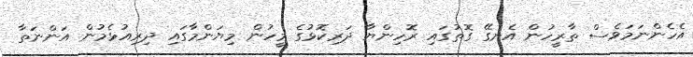
އެހެންނަމަވެސް ތާރީހުން އެނގޭ ގޮތުގައި ރޮހިންޔާ ދަރިކޮޅުގެ މީހުން މިޔަންމާގައި ދިރިއުޅެމުން އަންނަތާ